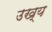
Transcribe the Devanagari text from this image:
उख्य